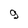
Character: 9